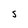
Character: S